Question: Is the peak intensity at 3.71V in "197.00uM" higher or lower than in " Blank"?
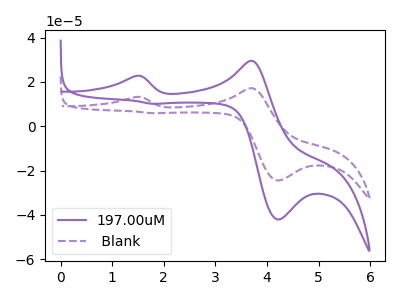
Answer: <think>The purple curve "197.00uM" has anodic peaks at (1.45V, 22.70uA) (3.70V, 29.55uA) and cathodic peaks at (4.20V, -42.05uA) (1.80V, 10.15uA). The purple dashed curve " Blank" has anodic peaks at (1.45V, 13.20uA) (3.70V, 17.15uA) and cathodic peaks at (4.20V, -24.45uA) (1.80V, 5.90uA).</think>
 <answer>The peak at 3.71V is higher in "197.00uM" than in " Blank".</answer>
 <eval>higher</eval>